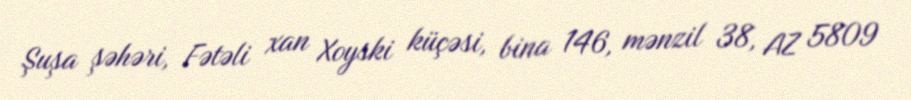
Şuşa şəhəri, Fətəli xan Xoyski küçəsi, bina 146, mənzil 38, AZ 5809